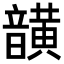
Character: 𮧾